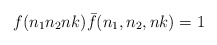
\begin{align*}f(n_1n_2nk) {\bar f}(n_1,n_2,nk)=1\end{align*}